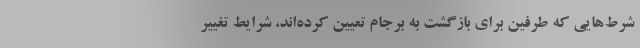
شرط‌هایی که طرفین برای بازگشت به برجام تعیین کرده‌اند، شرایط تغییر